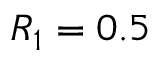
R _ { 1 } = 0 . 5